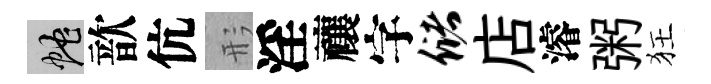
蛇歆伉形淫禳字储店濬粥狂